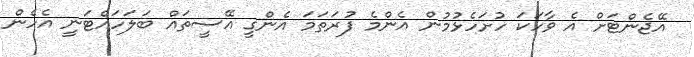
އޭޖެންޓަށް އެ ވާހަކަ ހުށަހެޅުމުން އެންމެ ފުރަތަމަ އެންގީ އޭސީތައް ބަލަހައްޓަނީ އެހެން